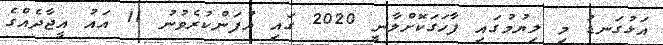
އަޅުގަނޑު މި ލިޔުމުގައި ފާހަގަކޮށްލާނީ 2020 ގައި އުފަންކުރެވުނު 11 އައު އީޖާދެއްގެ